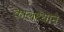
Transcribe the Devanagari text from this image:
कालथ्याने